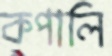
কপালি